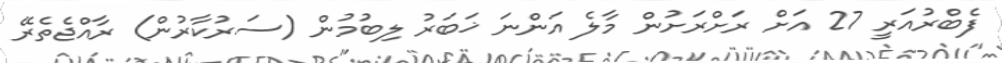
ފެބްރުއަރީ 27 އަށް ރަށްރަށުން މާލެ އަންނަ ޚަބަރު ލިބުމުން (ސަރުކާރުން) ރާއްޖެތެރޭ